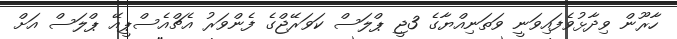
ހާރޫން ވިދާޅުވެފައިވަނީ ވަތަނިއްޔާގެ 3ޖީ ޕްލަސް ކަވަރޭޖްގެ ފެންވަރު އެޗްއެސްޕީއޭ ޕްލަސް އަށް